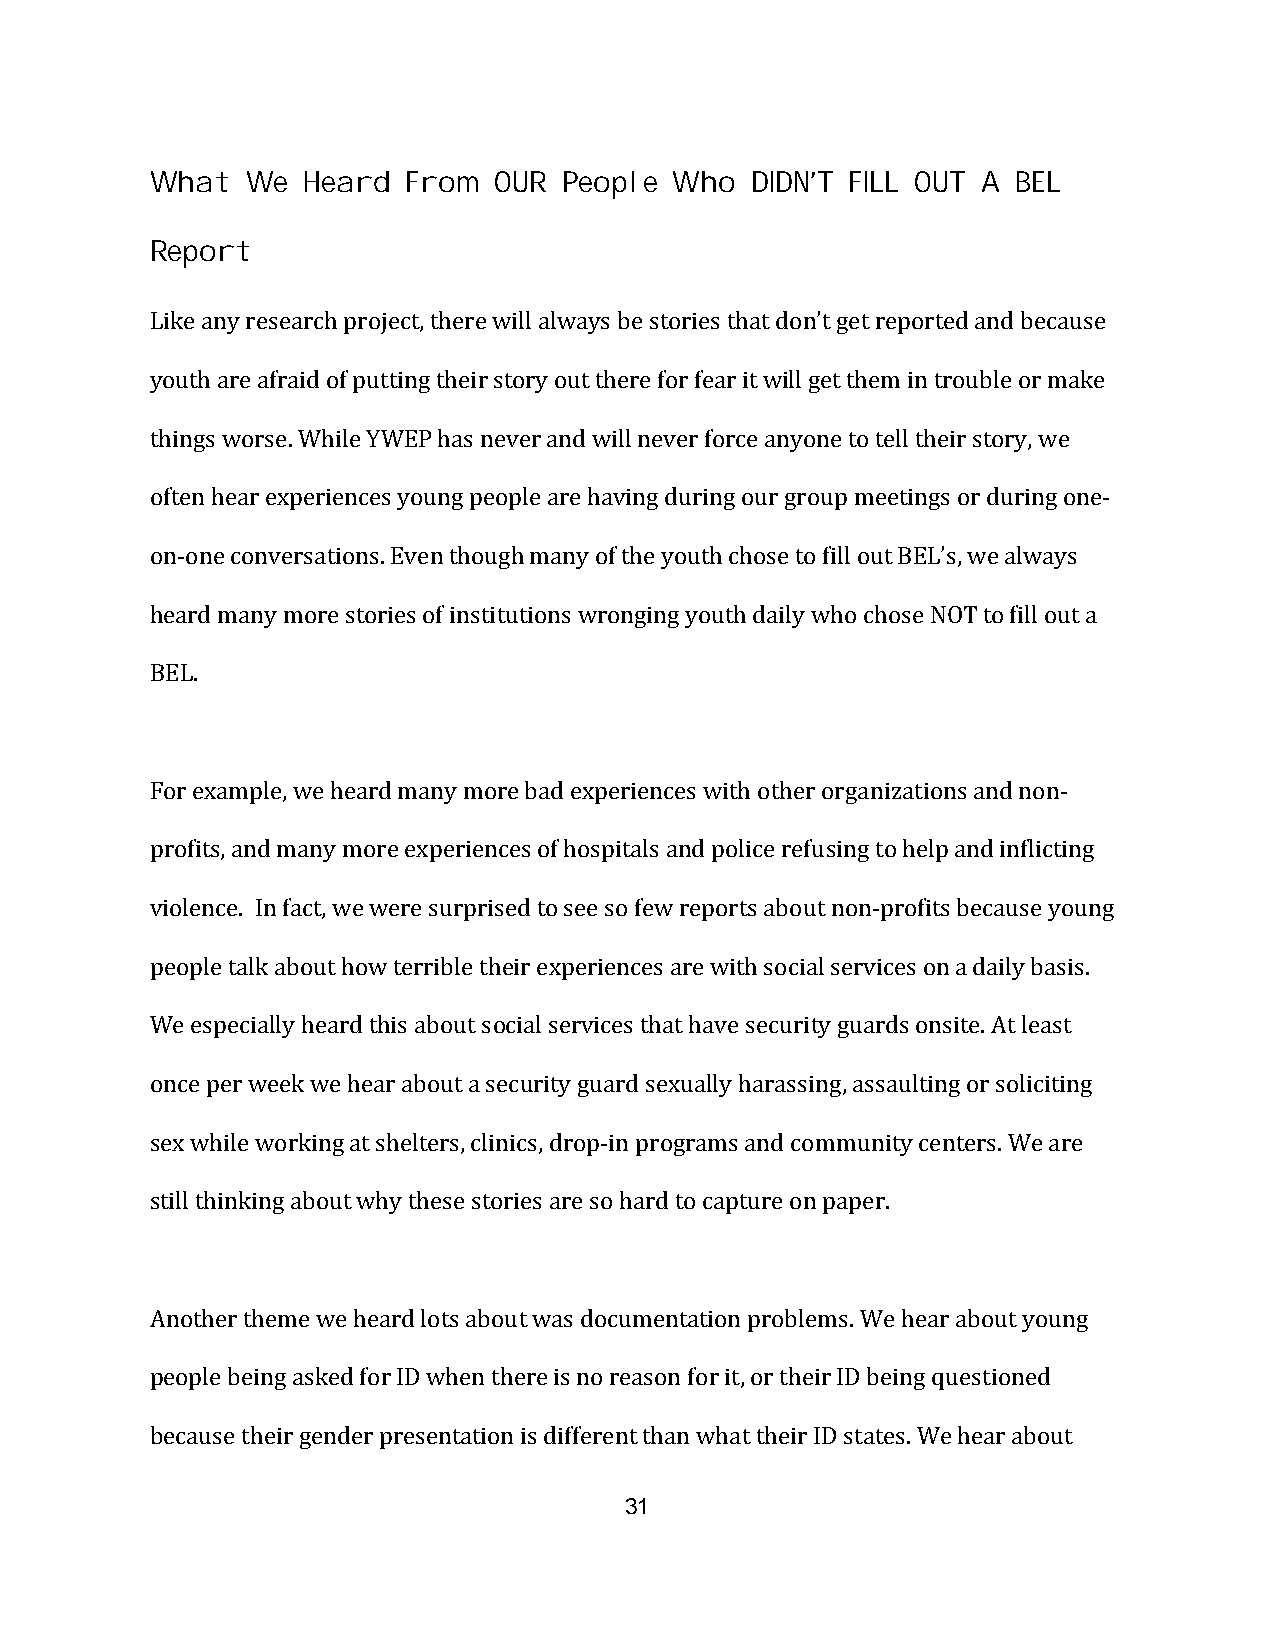
What  We  Heard  From  OUR People  Who  DIDN’T FILL OUT A BEL
 Report
 Like any research project, there will always be stories that don’t get reported and because
 youth are afraid of putting their story out there for fear it will get them in trouble or make
 things worse. While YWEP has never and will never force anyone to tell their story, we
 often hear experiences young people are having during our group meetings or during one-
 on-one conversations. Even though many of the youth chose to fill out BEL’s, we always
 heard many more stories of institutions wronging youth daily who chose NOT to fill out a
 BEL.
 For example, we heard many more bad experiences with other organizations and non-
 profits, and many more experiences of hospitals and police refusing to help and inflicting
 violence. In fact, we were surprised to see so few reports about non-profits because young
 people talk about how terrible their experiences are with social services on a daily basis.
 We especially heard this about social services that have security guards onsite. At least
 once per week we hear about a security guard sexually harassing, assaulting or soliciting
 sex while working at shelters, clinics, drop-in programs and community centers. We are
 still thinking about why these stories are so hard to capture on paper.
 Another theme we heard lots about was documentation problems. We hear about young
 people being asked for ID when there is no reason for it, or their ID being questioned
 because their gender presentation is different than what their ID states. We hear about
 31